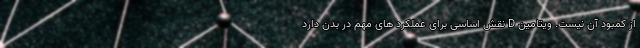
از کمبود آن نیست. ویتامین D نقش اساسی برای عملکرد های مهم در بدن دارد